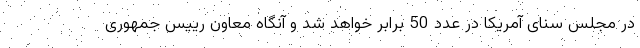
در مجلس سنای آمریکا در عدد 50 برابر خواهد شد و آنگاه معاون رییس جمهوری